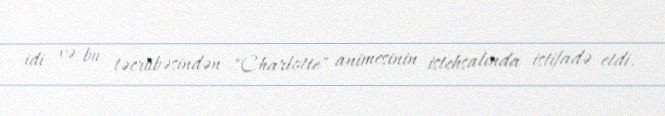
idi və bu təcrübəsindən "Charlotte" animesinin istehsalında istifadə etdi.